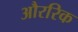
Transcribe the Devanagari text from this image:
औररिक